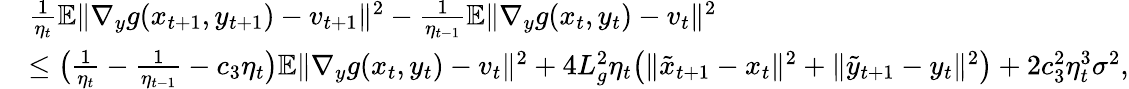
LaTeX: \begin{array}{rl}&{\frac{1}{\eta_{t}}\mathbb{E}\| \nabla_{y}g(x_{t+1},y_{t+1})-v_{t+1}\| ^{2}-\frac{1}{\eta_{t-1}}\mathbb{E}\| \nabla_{y}g(x_{t},y_{t})-v_{t}\| ^{2}}\\ &{\leq\big(\frac{1}{\eta_{t}}-\frac{1}{\eta_{t-1}}-c_{3}\eta_{t}\big)\mathbb{E}\| \nabla_{y}g(x_{t},y_{t})-v_{t}\| ^{2}+4L_{g}^{2}\eta_{t}\big(\| \tilde{x}_{t+1}-x_{t}\| ^{2}+\| \tilde{y}_{t+1}-y_{t}\| ^{2}\big)+2c_{3}^{2}\eta_{t}^{3}\sigma^{2},}\end{array}